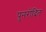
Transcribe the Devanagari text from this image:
पुनरोदित